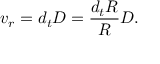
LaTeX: v _ { r } = d _ { t } D = { \frac { d _ { t } R } { R } } D .